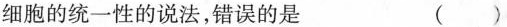
细胞的统一性的说法，错误的是 ( )